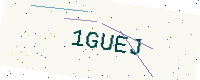
Text: 1GUEJ